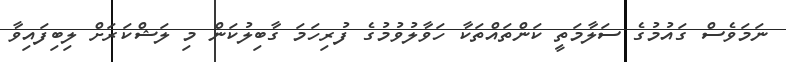
ނަމަވެސް ގައުމުގެ ސަލާމަތީ ކަންތައްތަކާ ހަވާލުވުމުގެ ފުރިހަމަ ގާބިލުކަން މި ލަޝްކަރަށް ލިބިފައިވާ